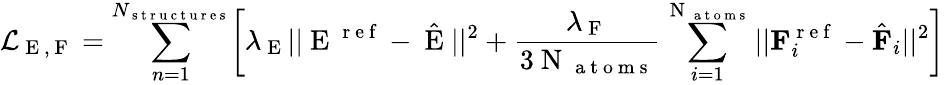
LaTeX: \mathcal{L}_{\mathrm{~E~,~F~}}=\sum_{n=1}^{N_{\mathrm{~s~t~r~u~c~t~u~r~e~s~}}}\biggl[\lambda_{\mathrm{~E~}}||\mathrm{~E~}^{\mathrm{~r~e~f~}}-\hat{\mathrm{~E~}}||^{2}+\frac{\lambda_{\mathrm{~F~}}}{3\mathrm{~N~}_{\mathrm{~a~t~o~m~s~}}}\sum_{i=1}^{\mathrm{~N~}_{\mathrm{~a~t~o~m~s~}}}||\textbf{F}_{i}^{\mathrm{~r~e~f~}}-\hat{\textbf{F}}_{i}||^{2}\biggr]